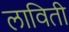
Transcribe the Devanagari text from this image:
लाविती